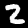
Digit: 2